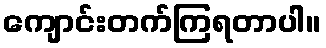
ကျောင်းတက်ကြရတာပါ။